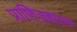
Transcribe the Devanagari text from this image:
प्राणिउद्यान